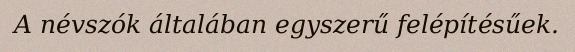
A névszók általában egyszerű felépítésűek.